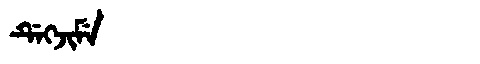
Manchu: ᡩᡝᡴᠵᡳᠮᡝ
Romanization: DEKJIME